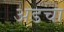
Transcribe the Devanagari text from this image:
अडचा